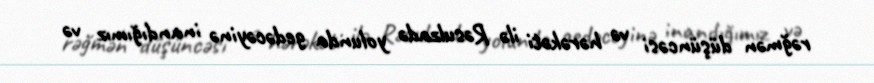
rəğmən düşüncəsi və hərəkəti ilə Rəsulzadə yolunda gedəcəyinə inandığımız və